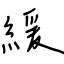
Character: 緩